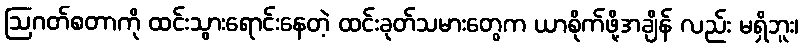
ဩဂတ်စတာကို ထင်းသွားရောင်းနေတဲ့ ထင်းခုတ်သမားတွေက ယာစိုက်ဖို့အချိန် လည်း မရှိဘူး၊